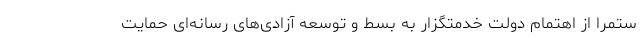
ستمراً از اهتمام دولت خدمتگزار به بسط و توسعه آزادی‌های رسانه‌ای حمایت